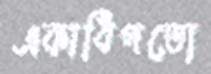
একাধিপত্যে